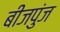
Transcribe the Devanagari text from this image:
बीजपुंज